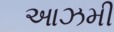
આઝમી